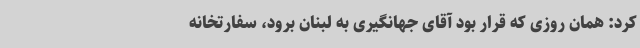
کرد: همان روزی که قرار بود آقای جهانگیری به لبنان برود، سفارتخانه